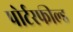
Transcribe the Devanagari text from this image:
पोर्टरफील्ड